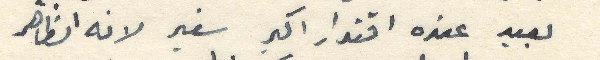
بعيد عنده اقتدار اكبر سفير لانه الظاهر